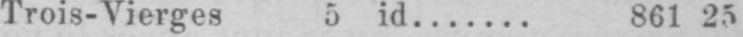
Trois-Vierges 5 id....... 861 25